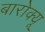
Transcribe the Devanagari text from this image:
बारोक्यू